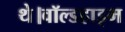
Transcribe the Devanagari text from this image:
थे।वॉल्डहाइम